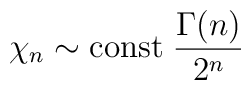
\chi_n \sim \mbox{\rm const} \; {{\Gamma(n)} \over {2^n}}